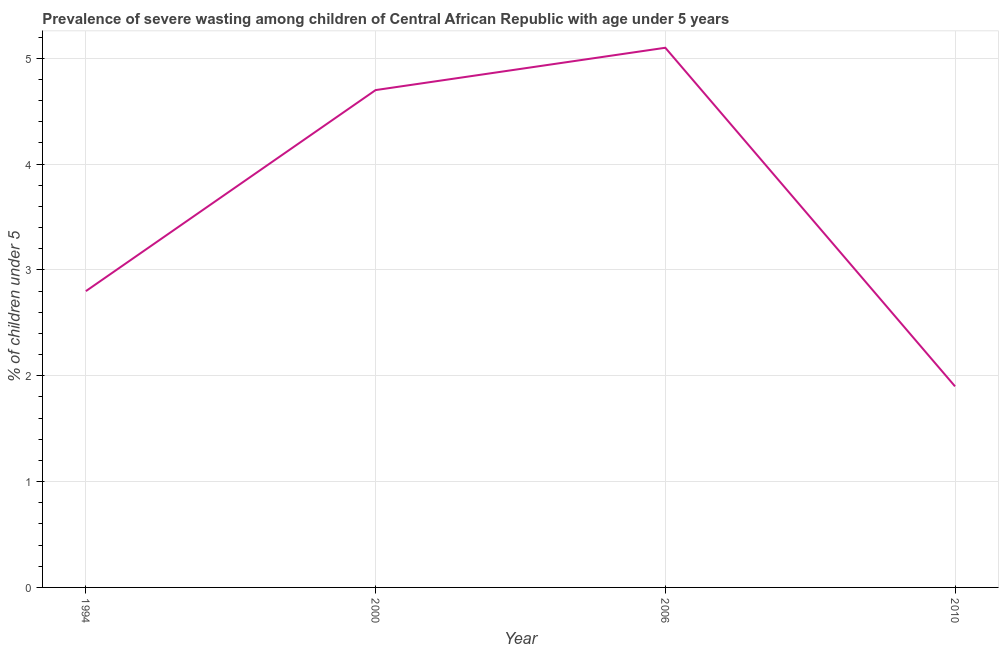
| Year | Prevalence of severe wasting |
 | --- | --- |
 | 1994 | 2.8 |
 | 2000 | 4.7 |
 | 2006 | 5.1 |
 | 2010 | 1.9 |